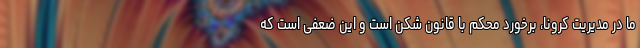
ما در مدیریت کرونا، برخورد محکم با قانون شکن است و این ضعفی است که